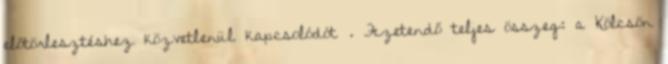
előtörlesztéshez közvetlenül kapcsolódót . Fizetendő teljes összeg: a Kölcsön